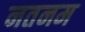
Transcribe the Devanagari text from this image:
नतनम